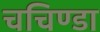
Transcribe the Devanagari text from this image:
चचिण्डा